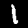
Label: 1